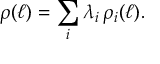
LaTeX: \rho ( \ell ) = \sum _ { i } \lambda _ { i } \, \rho _ { i } ( \ell ) .